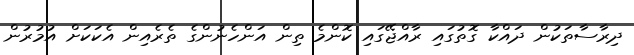
ދިރާސާތަކުން ދައްކާ ގޮތުގައި ރާއްޖޭގައި ކޮންމެ ތިން އަންހެނުންގެ ތެރެއިން އެކަކަށް އުމުރުން